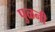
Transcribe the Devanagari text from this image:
पुळनी